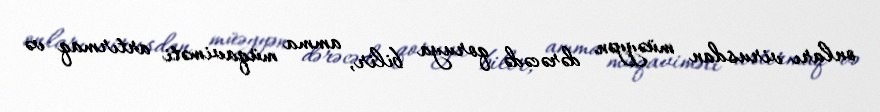
onları virusdan müəyyən dərəcədə qoruya bilir, amma müqaviməti artırmaq və